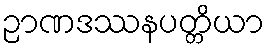
ဉာဏဒဿနပတ္တိယာ